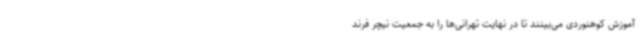
آموزش کوهنوردی می‌بینند تا در نهایت تهرانی‌ها را به جمعیت نیچر فرند